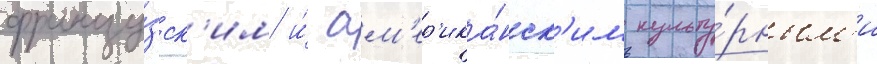
францу́зск'им и́ ам'ер'ика́нск'им культу́рным'и